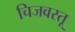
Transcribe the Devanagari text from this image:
चिजवस्तू